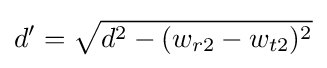
d'={\sqrt {d^{2}-(w_{r2}-w_{t2})^{2}}}